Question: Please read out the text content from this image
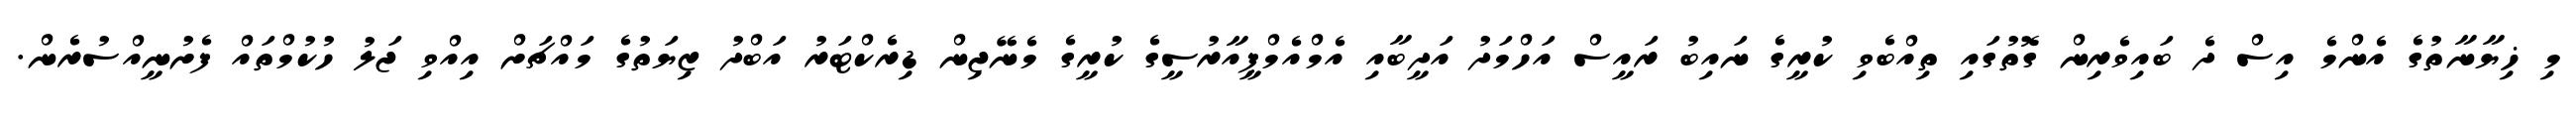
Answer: މި ޚިޔާނާތުގެ އެންމެ އިސް ދެ ބައިވެރިން ގޮތުގައި ތިއްބެވި ކުރީގެ ނައިބު ރައީސް އަހްމަދު އަދީބާއި އެމްއެމްޕީއާރުސީގެ ކުރީގެ މެނޭޖިން ޑިރެކްޓަރު އަބްދު ޒިޔަތުގެ މައްޗަށް އިއްވި ޖަލު ހުކުމްތައް ފެށުނީއްސުރެން.